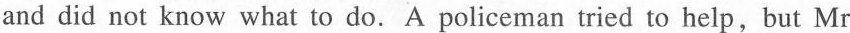
and did not know what to do. A policeman tried to help,but Mr